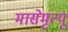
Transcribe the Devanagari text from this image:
मासेमृत्यू